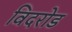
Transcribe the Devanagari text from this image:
विदरोड